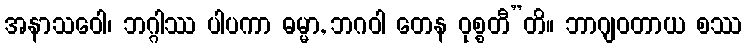
အနာသဝေါ၊ ဘဂ္ဂါဿ ပါပကာ ဓမ္မာ, ဘဂဝါ တေန ဝုစ္စတီ”တိ။ ဘာဂျဝတာယ စဿ